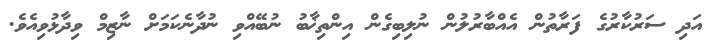
އަދި ސަރުކާރުގެ ފަރާތުން އެއްބާރުލުން ނުލިބިގެން އިންތިޚާބު ނުބޭއްވި ނުދާނެކަމަށް ނާޒިމް ވިދާޅުވިއެވެ.